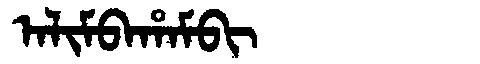
Manchu: ᠠᠯᡳᠮᠪᠠᡥᠠᠮᠪᡳ
Romanization: ALIMBAHAMBI